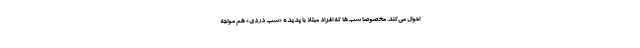
احوال می‌کند. مخصوصا شب‌ها که افراد مبتلا با پدیده «شَب دردی» هم مواجه